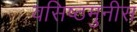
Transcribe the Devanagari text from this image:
वसिष्ठमुनीस